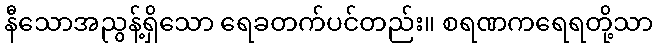
နီသောအညွန့်ရှိသော ရေခတက်ပင်တည်း။ စရဏကရေရတို့သာ